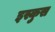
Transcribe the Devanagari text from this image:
इस्कुस